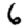
Digit: 6